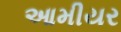
આમીયર